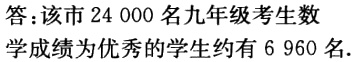
答：该市24 000名九年级考生数学成绩为优秀的学生约有6 960名.